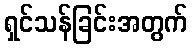
ရှင်သန်ခြင်းအတွက်